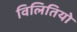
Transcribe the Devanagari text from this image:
विलितियो